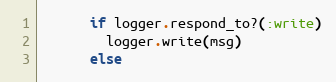
Language: Ruby
      if logger.respond_to?(:write)
        logger.write(msg)
      else